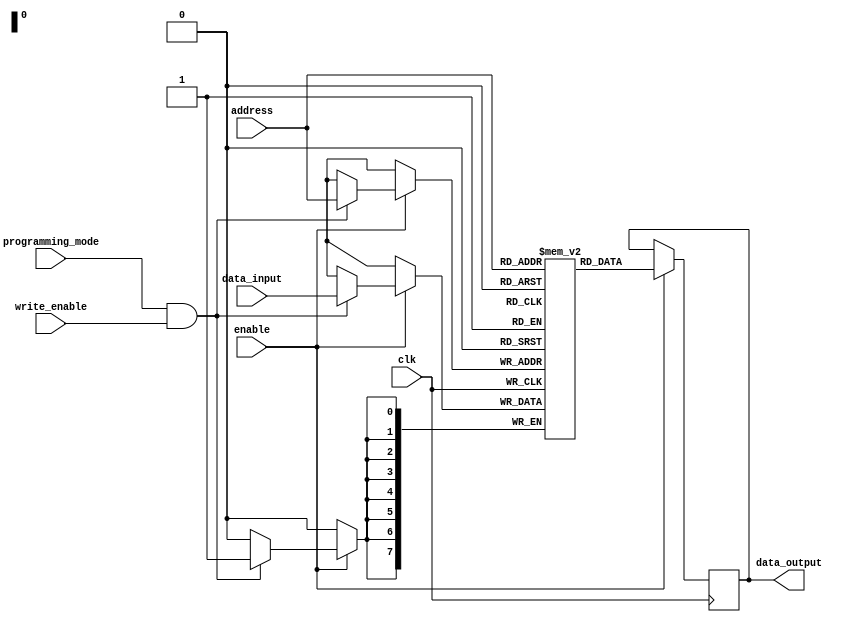
module MemoryBlocks_PROM (
    input wire clk,
    input wire enable,
    input wire [7:0] address,
    input wire [7:0] data_input,
    input wire write_enable,
    input wire programming_mode,
    output reg [7:0] data_output
);

parameter MEMORY_SIZE = 256; // Number of memory cells
parameter PROGRAMMABLE_BITS = 8; // Number of programmable bits per memory cell
reg [7:0] memory [0:MEMORY_SIZE-1]; // Array to store memory contents

always @(posedge clk) begin
    if (enable) begin
        if (programming_mode && write_enable) begin
            memory[address] <= data_input;
        end
        data_output <= memory[address];
    end
end

endmodule